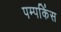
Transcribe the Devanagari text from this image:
पम्पकिंस